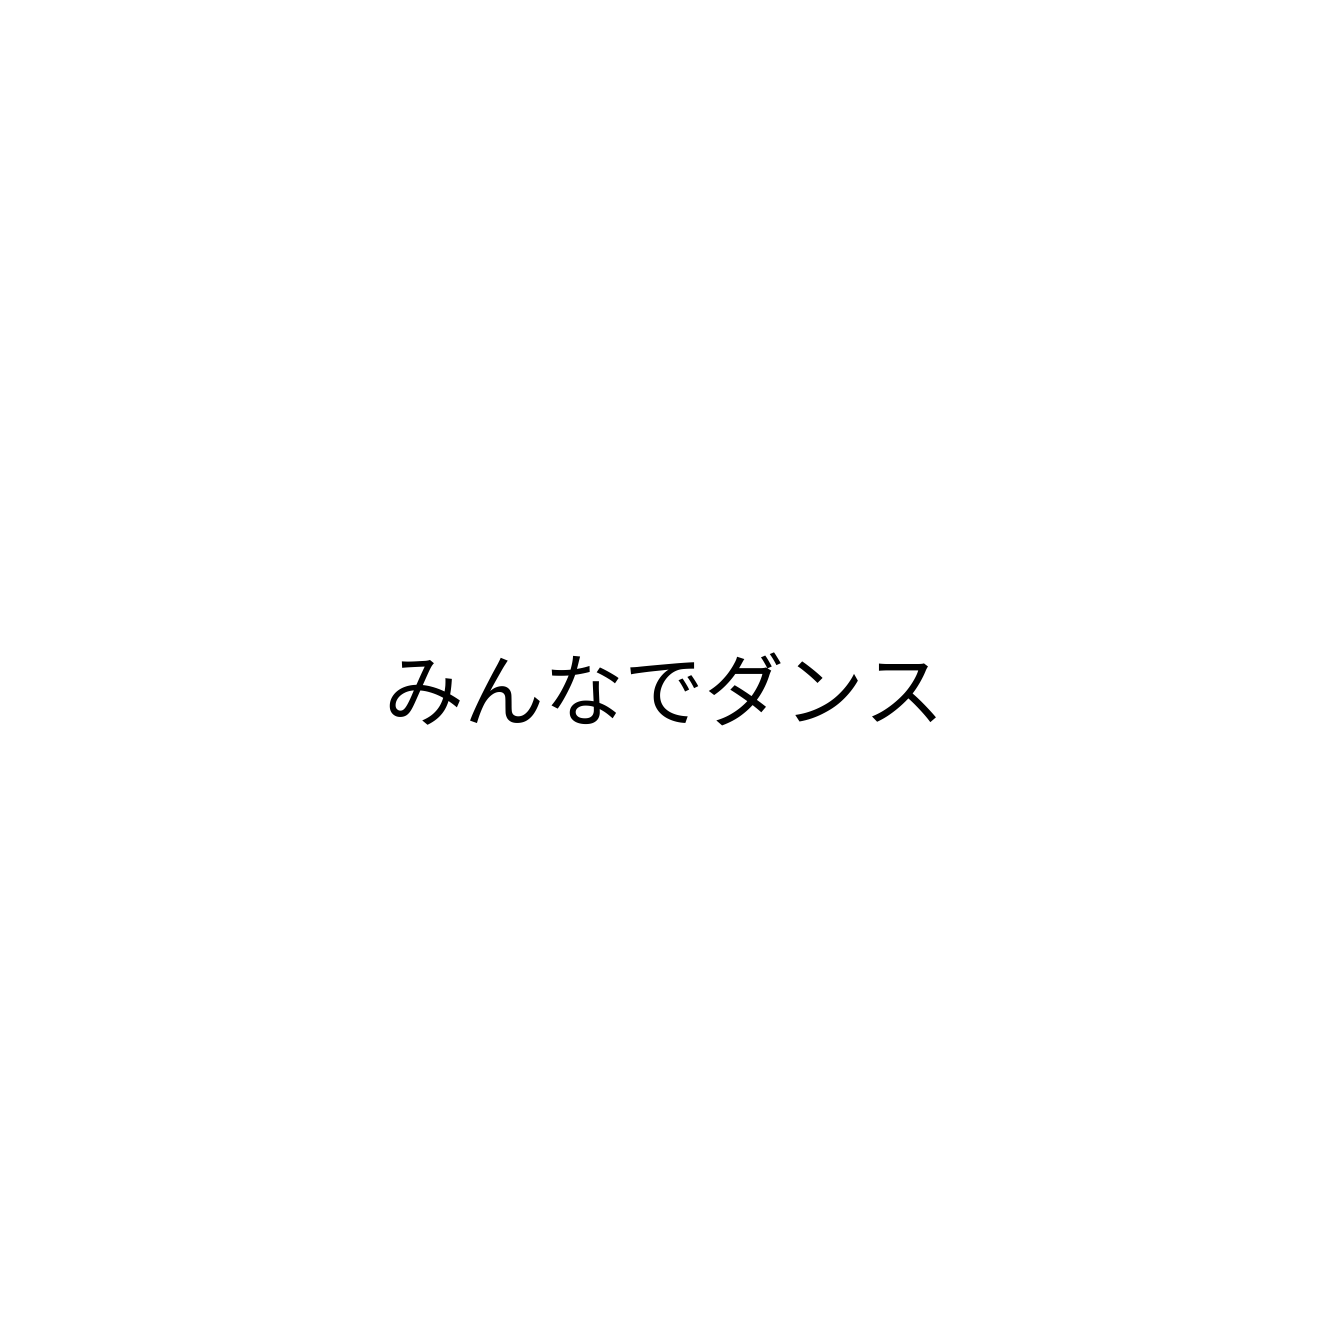
みんなでダンス